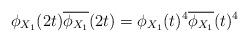
LaTeX: \begin{align*}\phi_{ X_1}(2 t) \overline{\phi_{ X_1}}(2 t) = \phi_{X_1}(t)^4 \overline{\phi_{X_1}}(t)^4\end{align*}